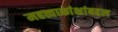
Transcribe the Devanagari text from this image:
महत्त्वाकांक्षांबद्दल